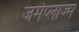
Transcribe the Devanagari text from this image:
जर्मप्लाज्म